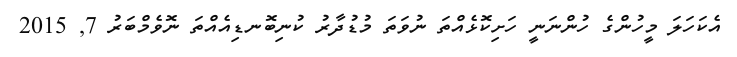
އެކަހަލަ މީހުންގެ ހުންނަނީ ހަށިކޮޅެއްތަ ނުވަތަ މުޑުދާރު ކުނިބޮނޑިއެއްތަ ނޮވެމްބަރު 7